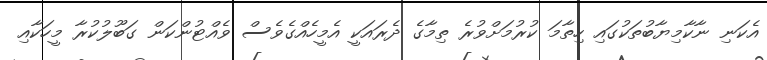
އެކަނި ނާކާމިޔާބުތަކުގައި ހިތާމަ ކުރުމަށްވުރެ ތިމާގެ ދެރައަކީ އެމީހެއްގެވެސް ވެއްޓުންކަން ގަބޫލުކުރާ މީހަކާއި